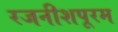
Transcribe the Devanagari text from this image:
रजनीशपूरम